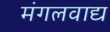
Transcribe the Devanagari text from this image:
मंगलवाद्य